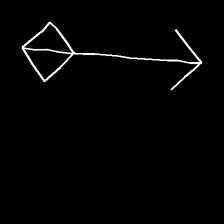
Glyph: focus